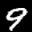
Label: 9